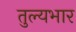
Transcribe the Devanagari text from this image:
तुल्‍यभार